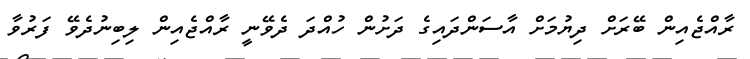
ރާއްޖެއިން ބޭރަށް ދިޔުމަށް އާސަންދައިގެ ދަށުން ހުއްދަ ދެވޭނީ ރާއްޖެއިން ލިބިނުދެވޭ ފަރުވާ